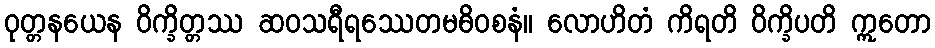
ဝုတ္တနယေန ဝိက္ခိတ္တဿ ဆဝသရီရဿေတမဓိဝစနံ။ လောဟိတံ ကိရတိ ဝိက္ခိပတိ ဣတော